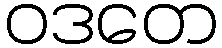
ဝဒတေ